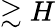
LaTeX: \gtrsim H